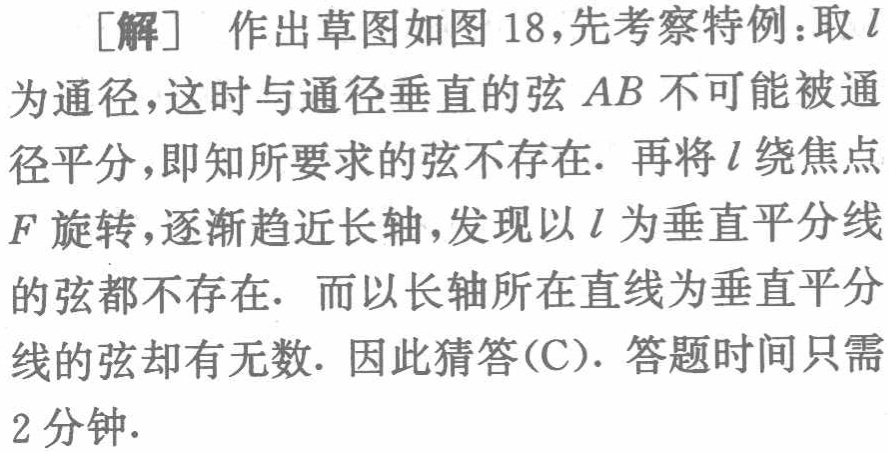
[解] 作出草图如图 18,先考察特例：取 \(l\) 为通径，这时与通径垂直的弦 \(AB\) 不可能被通径平分，即知所要求的弦不存在. 再将 \(l\) 绕焦点 \(F\) 旋转，逐渐趋近长轴，发现以 \(l\) 为垂直平分线的弦都不存在. 而以长轴所在直线为垂直平分线的弦却有无数. 因此猜答(C). 答题时间只需2分钟.